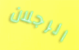
الرجلان